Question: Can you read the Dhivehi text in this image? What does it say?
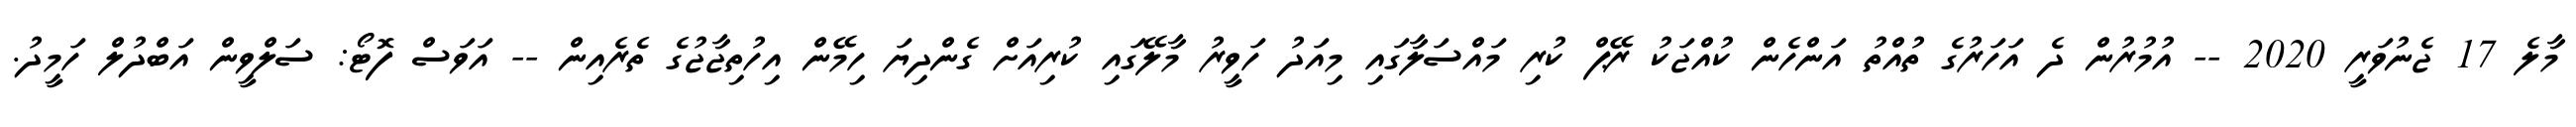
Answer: މާލެ 17 ޖެނުވަރީ 2020 -- އުމުރުން ދެ އަހަރުގެ ތުއްތު އަންހެން ކުއްޖަކު ރޭޕް ކުރި މައްސަލާގައި މިއަދު ހަވީރު މާލޭގައި ކުރިއަށް ގެންދިޔަ ހިމޭން އިހުތިޖާޖުގެ ތެރެއިން -- އަވަސް ފޮޓޯ: ސަލްވީން އަބްދުލް ހަމީދު.